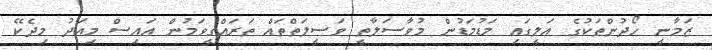
ޒަމާނީ ހޯދުންތަކުގެ އަލީގައި މަޑުމަޑުން މުވާސަލާތީ ވަސީލަތްތައް ތަރައްގީވަމުން އައިސް މިއަދު މިދެކޭ